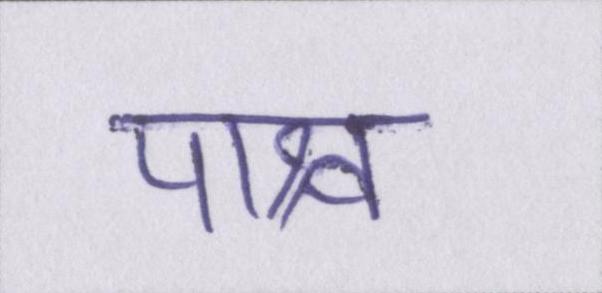
पाश्र्व